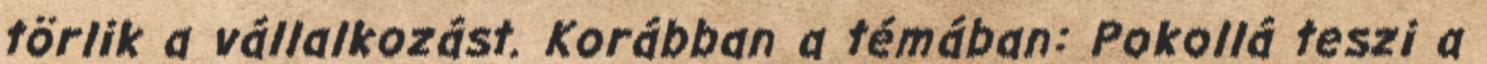
törlik a vállalkozást. Korábban a témában: Pokollá teszi a